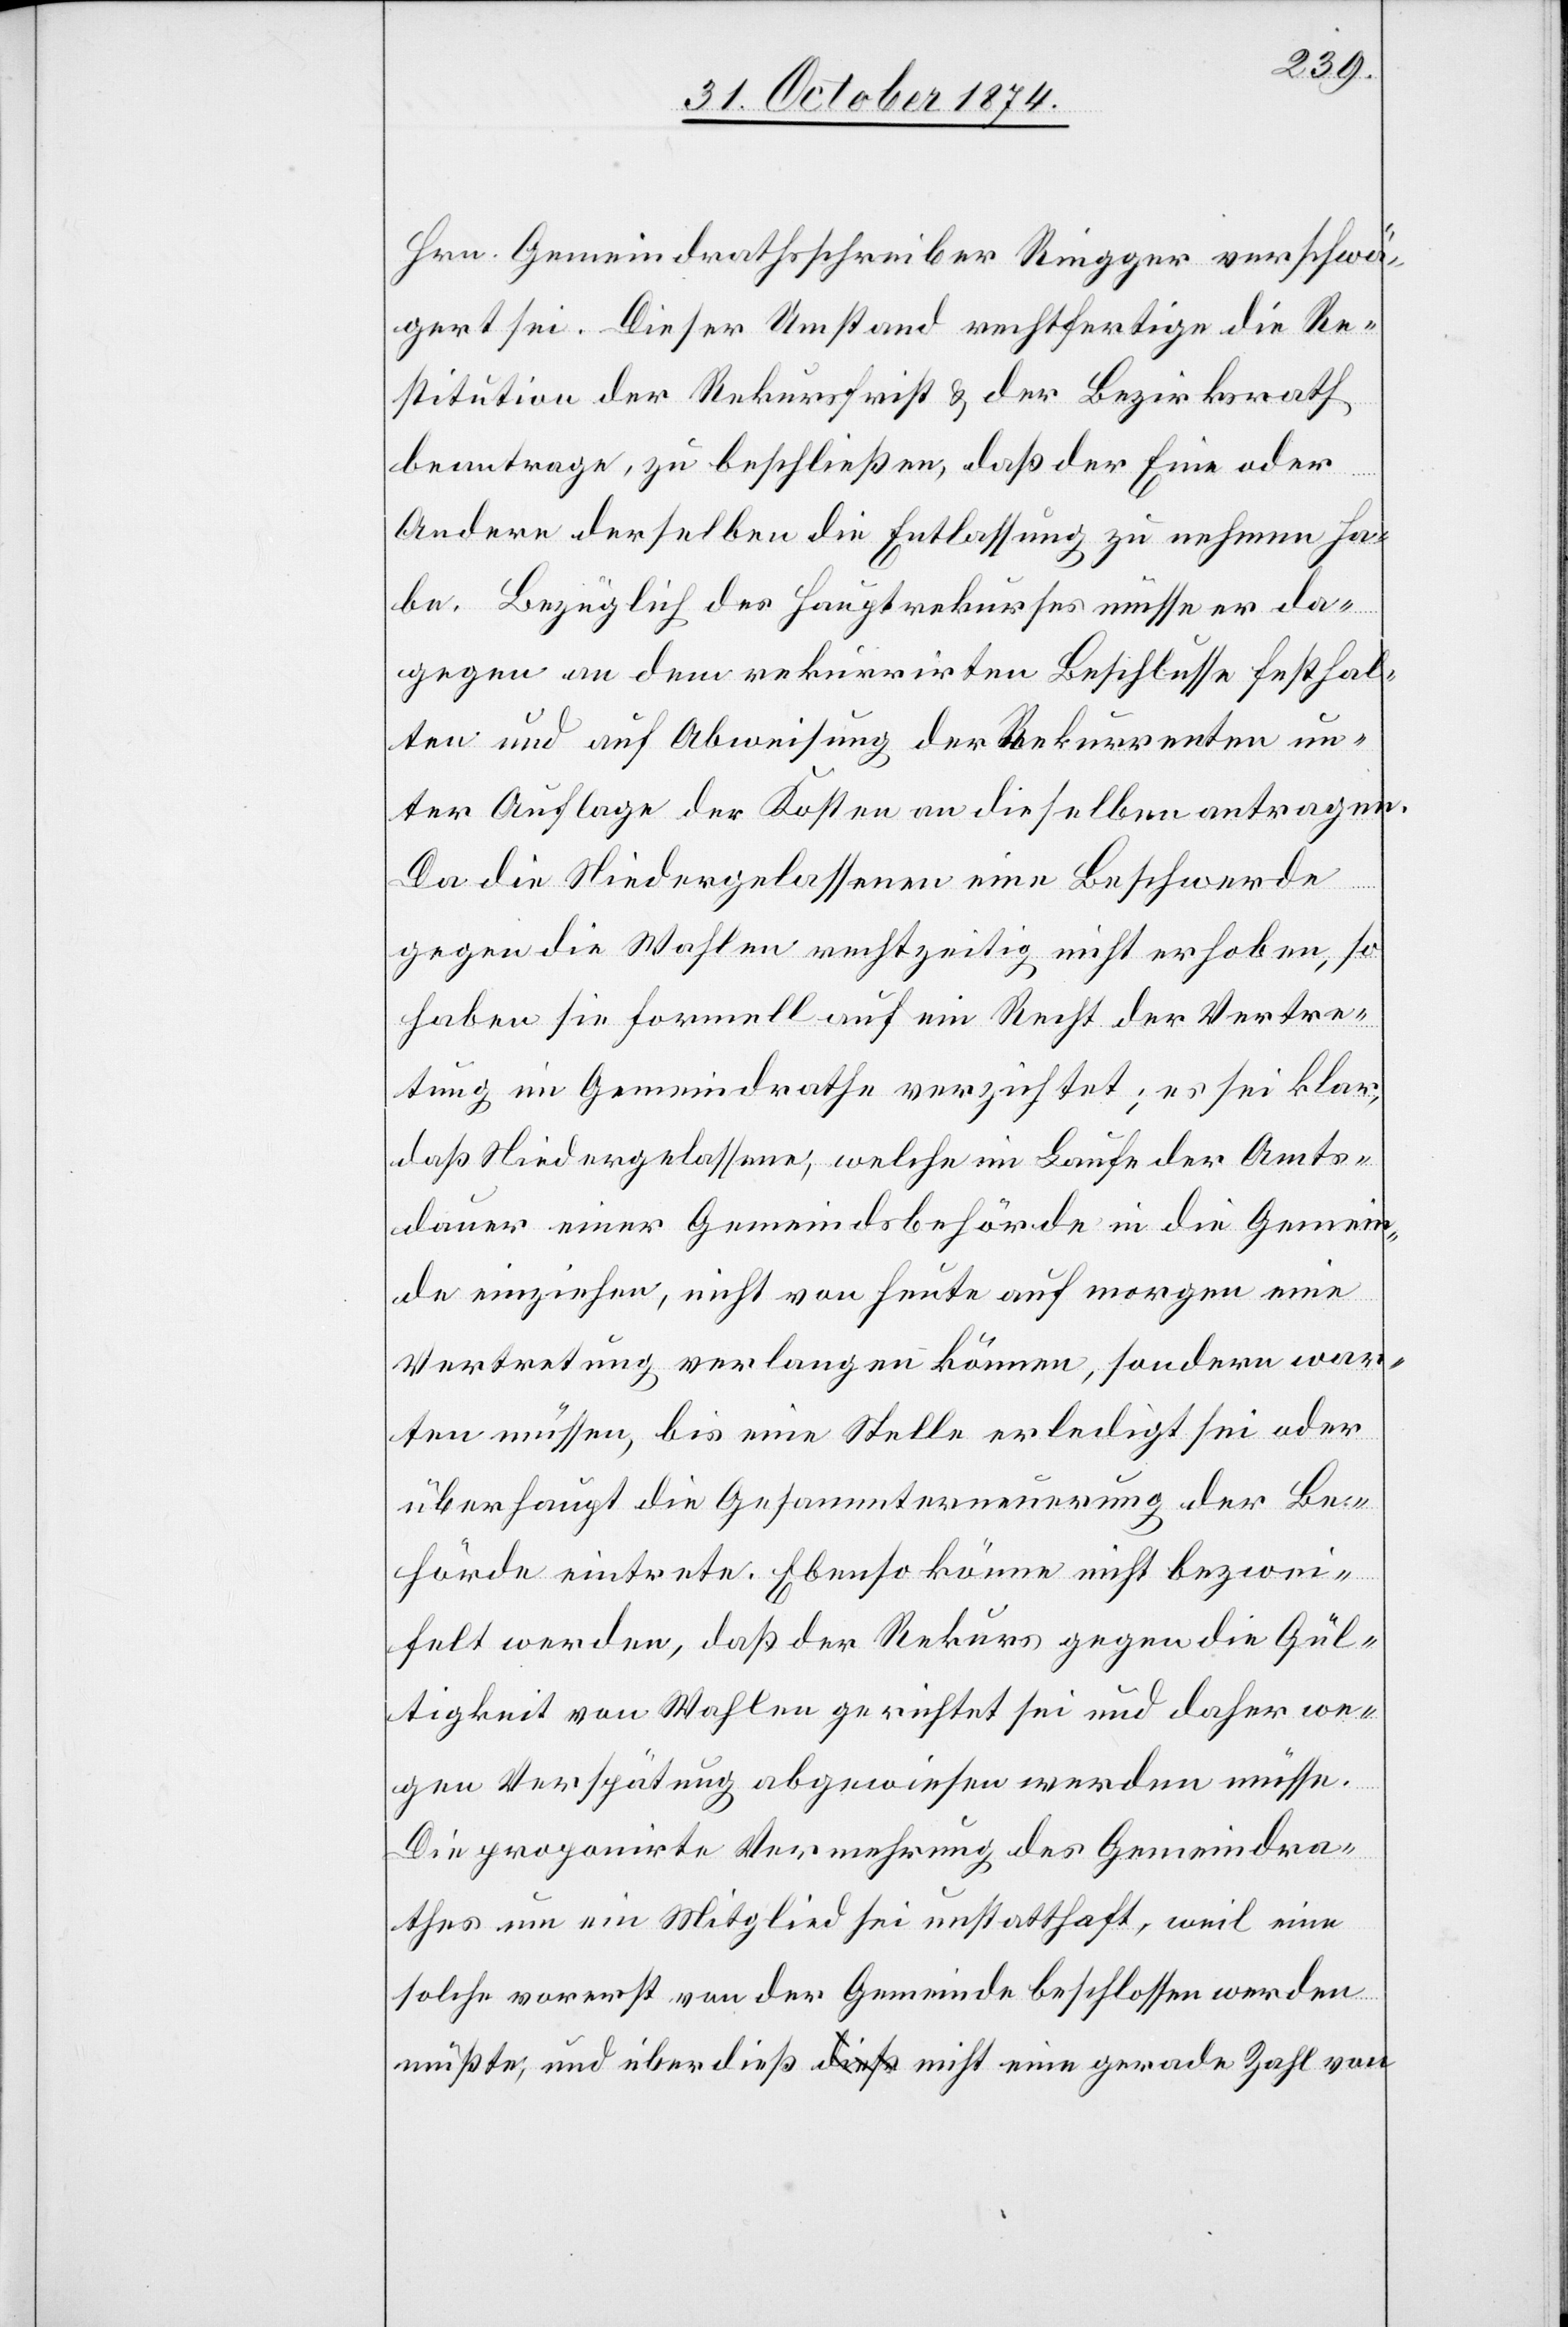
Hrn. Gemeindrathsschreiber Ringger verschwä¬
gert sei. Dieser Umstand rechtfertige die Re¬
stitution der Rekursfrist & der Bezirksrath
beantrage, zu beschließen, daß der Eine oder
Andere derselben die Entlassung zu nehmen ha¬
be. Bezüglich des Hauptrekurses müsse er da¬
gegen an dem rekurrirten Beschlusse festhal¬
ten und auf Abweisung der Rekurrenten un¬
ter Auflage der Kosten an dieselben antragen.
Da die Niedergelassenen eine Beschwerde
gegen die Wahlen rechtzeitig nicht erhoben, so
haben sie formell auf ein Recht der Vertre¬
tung im Gemeindrathe verzichtet; es sei klar,
daß Niedergelassene, welche im Laufe der Amts¬
dauer einer Gemeindsbehörde in die Gemein¬
de einziehen, nicht von heute auf morgen eine
Vertretung verlangen können, sondern war¬
ten müssen, bis eine Stelle erledigt sei oder
überhaupt die Gesammterneuerung der Be¬
hörde eintrete. Ebenso könne nicht bezwei¬
felt werden, daß der Rekurs gegen die Gül¬
tigkeit von Wahlen gerichtet sei und daher we¬
gen Verspätung abgewiesen werden müsse.
Die proponirte Vermehrung des Gemeindra¬
thes um ein Mitglied sei unstatthaft, weil eine
solche vorerst von der Gemeinde beschlossen werden
müßte, und überdieß a-dieß-a nicht eine gerade Zahl von